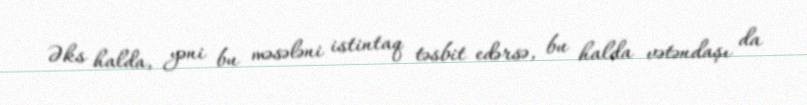
Əks halda, yəni bu məsələni istintaq təsbit edərsə, bu halda vətəndaşı da